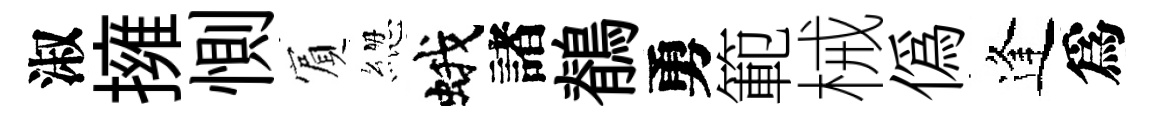
淑擁惻賔緫蛾諸鶺勇範械偽逢爲